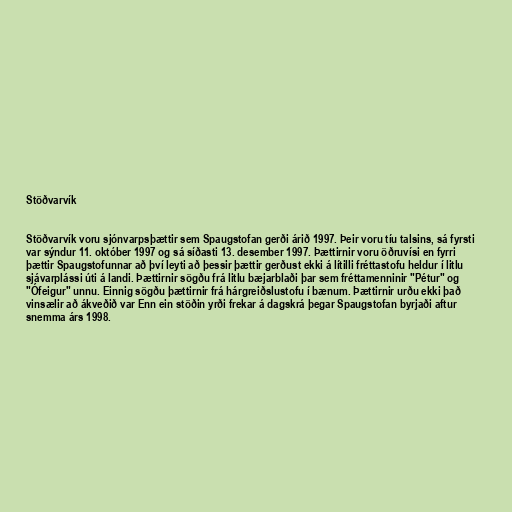
Stöðvarvík

Stöðvarvík voru sjónvarpsþættir sem Spaugstofan gerði árið 1997. Þeir voru tíu talsins, sá fyrsti
var sýndur 11. október 1997 og sá síðasti 13. desember 1997. Þættirnir voru öðruvísi en fyrri
þættir Spaugstofunnar að því leyti að þessir þættir gerðust ekki á lítilli fréttastofu heldur í litlu
sjávarplássi úti á landi. Þættirnir sögðu frá litlu bæjarblaði þar sem fréttamenninir "Pétur" og
"Ófeigur" unnu. Einnig sögðu þættirnir frá hárgreiðslustofu í bænum. Þættirnir urðu ekki það
vinsælir að ákveðið var Enn ein stöðin yrði frekar á dagskrá þegar Spaugstofan byrjaði aftur
snemma árs 1998.